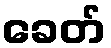
ခေတ်